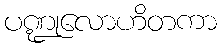
ပဏ္ဍုလောဟိတကာ